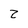
Character: z